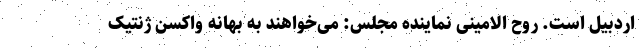
اردبیل است. روح الامینی نماینده مجلس: می‌خواهند به بهانه واکسن ژنتیک